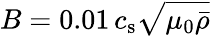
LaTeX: B=0.01\, c_{\mathrm{s}}\sqrt{\mu_{0}\bar{\rho}}